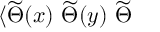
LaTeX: \langle \widetilde { \Theta } ( x ) ~ \widetilde { \Theta } ( y ) ~ \widetilde { \Theta }